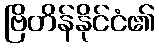
ဗြိတိန်နိုင်ငံ၏